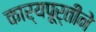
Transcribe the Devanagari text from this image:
कार्यपूर्तीने